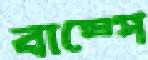
বাষ্পে